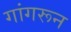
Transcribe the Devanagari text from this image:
गांगरून